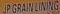
JP GRAIN LINING